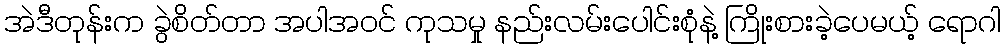
အဲဒီတုန်းက ခွဲစိတ်တာ အပါအဝင် ကုသမှု နည်းလမ်းပေါင်းစုံနဲ့ ကြိုးစားခဲ့ပေမယ့် ရောဂါ